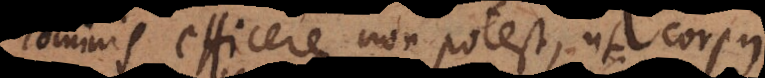
hominis efficere non potest, ut corpus